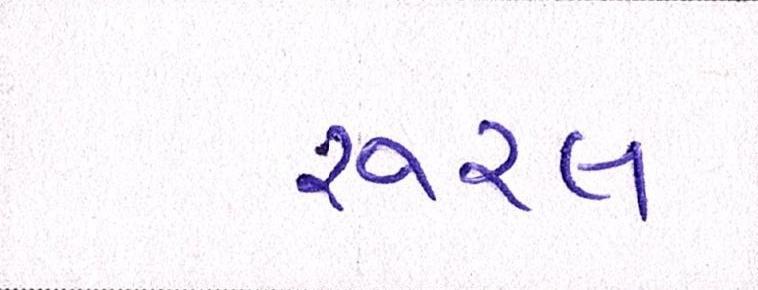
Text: રૂરલ